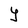
Character: Y